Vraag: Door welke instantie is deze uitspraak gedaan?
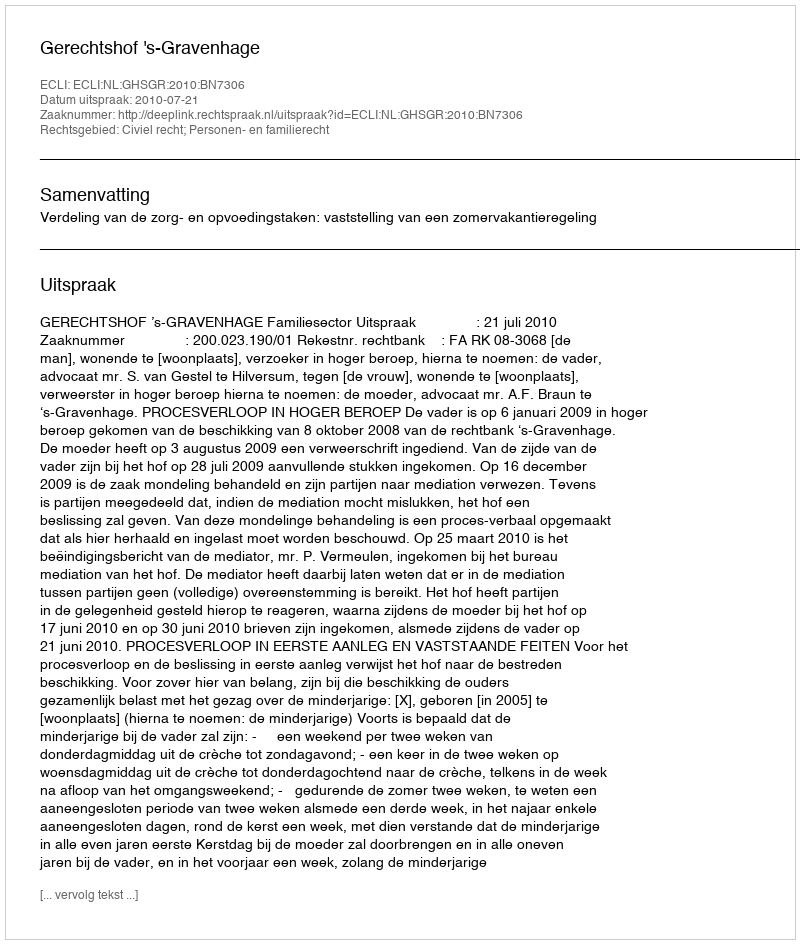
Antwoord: Gerechtshof 's-Gravenhage